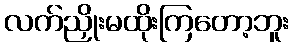
လက်ညှိုးမထိုးကြတော့ဘူး